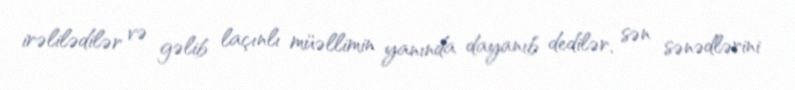
irəlilədilər və gəlib laçınlı müəllimin yanında dayanıb dedilər, sən sənədlərini